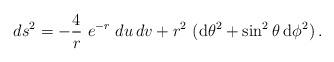
LaTeX: \begin{align*}ds^2=-{4\over{r}}~e^{-r}\;du\,dv+r^2~({\rm d}\theta^2+\sin^2\theta\>{\rm d}\phi^2)\,.\end{align*}